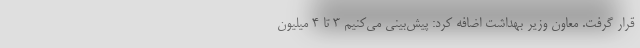
قرار گرفت. معاون وزیر بهداشت اضافه کرد: پیش‌بینی می‌کنیم ۳ تا ۴ میلیون